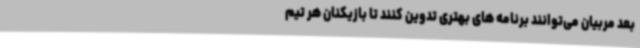
بعد مربیان می‌توانند برنامه های بهتری تدوین کنند تا بازیکنان هر تیم